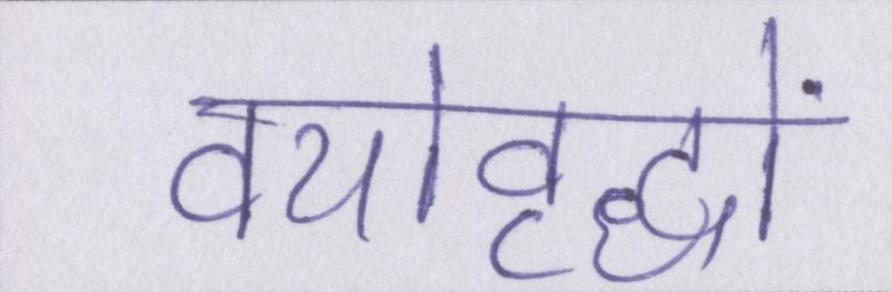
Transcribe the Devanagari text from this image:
वयोवृद्धों